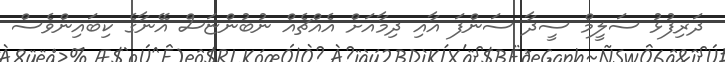
ދަރިފުޅު ސަލީމް ސީދާ ސަންފަ އާއި ދިމާއަށް އެއްޗެއް ނުބުންޏަސް އޭނާގެ ކިބައިންވެސް